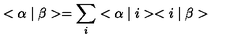
< \alpha \mid \beta > = \sum _ { i } ^ { } < \alpha \mid i > < i \mid \beta >